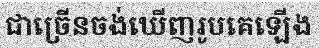
ជាច្រើនចង់ឃើញរូបគេឡើង